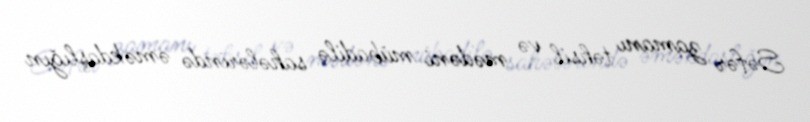
Səfər zamanı təhsil və mədəni mübadilə sahələrində əməkdaşlığın